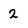
Character: 2